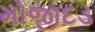
મોજીદડ